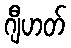
ဂျီဟတ်